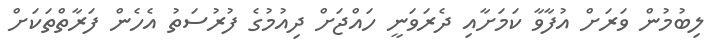
ލިބުމުން ވަރަށް އުފާވާ ކަމަށާއި ދެރަވަނީ ހައްޖަށް ދިއުމުގެ ފުރުސަތު އެހެން ފަރާތްތަކަށް